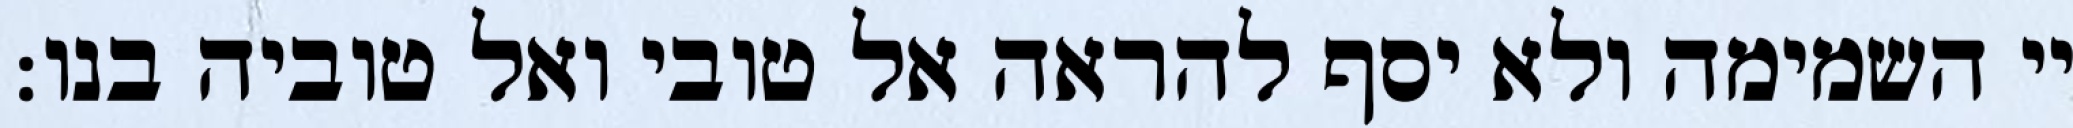
יי השמימה ולא יסף להראה אל טובי ואל טוביה בנו: